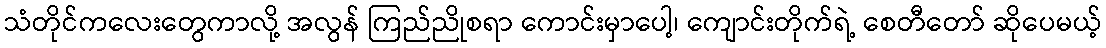
သံတိုင်ကလေးတွေကာလို့ အလွန် ကြည်ညိုစရာ ကောင်းမှာပေါ့၊ ကျောင်းတိုက်ရဲ့ စေတီတော် ဆိုပေမယ့်